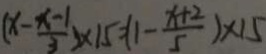
( x - \frac { x - 1 } { 3 } ) \times 1 5 = 1 - \frac { x + 2 } { 5 } ) \times 1 5